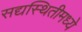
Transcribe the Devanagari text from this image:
सद्यस्थितीमध्ये